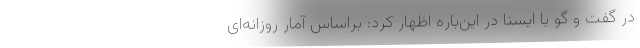
در گفت و گو با ایسنا در این‌باره اظهار کرد: براساس آمار روزانه‌ای